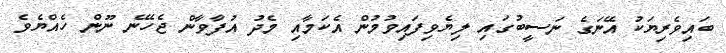
ބައިވެރިޔަކު އޭނަގެ ނަސީބުގައި ލިޔެވިފައިވުމުން އެކަމާއި މެދު އުފާވާން ޖެހޭނެ ނޫން ހެއްޔެވެ